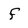
Character: f